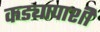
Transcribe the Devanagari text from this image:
कड्यापाशी